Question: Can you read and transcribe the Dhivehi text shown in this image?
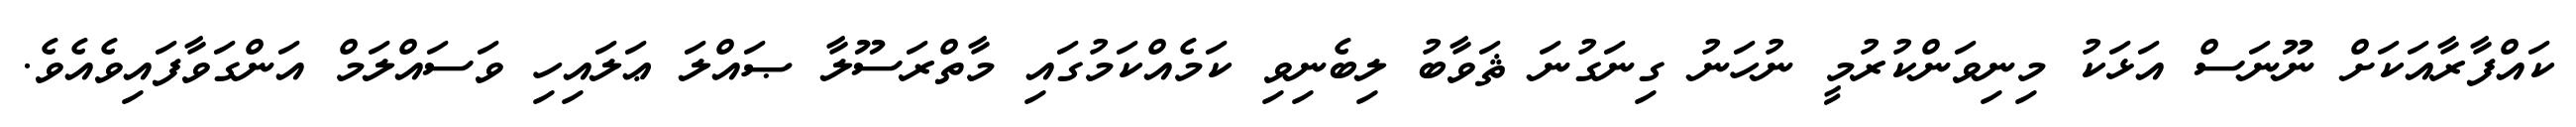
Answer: ކައްފާރާއަކަށް ނޫނަސް އަޅަކު މިނިވަންކުރުމީ ނުހަނު ގިނަގުނަ ޘަވާބު ލިބެނިވި ކަމެއްކަމުގައި މާތްރަސޫލާ ޞައްލަ ޢަލައިހި ވަސައްލަމް އަންގަވާފައިވެއެވެ.